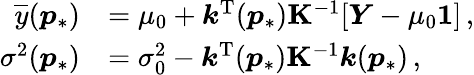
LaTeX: \begin{array}{rl}{\overline{{y}}(\boldsymbol{p}_{\ast})}&{=\mu_{0}+\boldsymbol{k}^{\mathrm{T}}(\boldsymbol{p}_{\ast})\mathbf{K}^{-1}[\boldsymbol{Y}-\mu_{0}\boldsymbol{1}]\, ,}\\ {\sigma^{2}(\boldsymbol{p}_{\ast})}&{=\sigma_{0}^{2}-\boldsymbol{k}^{\mathrm{T}}(\boldsymbol{p}_{\ast})\mathbf{K}^{-1}\boldsymbol{k}(\boldsymbol{p}_{\ast})\, ,}\end{array}